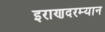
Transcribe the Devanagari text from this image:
इराणदरम्यान